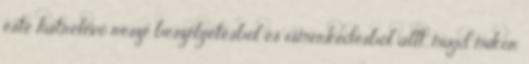
este hátrelévő része beszélgetésből és ismerkedésből állt, majd mikor